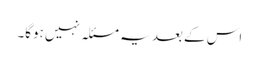
اس کے بعد یہ مسئلہ نہیں ہوگا۔